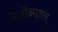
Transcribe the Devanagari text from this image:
रेतीआसन